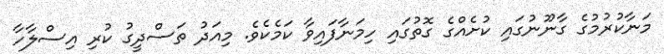
މަނާކުރުމުގެ ގާނޫނުގައި ކުށެއްގެ ގޮތުގައި ހިމަނާފައިވާ ކަމެކެވެ. މިއަދު ތަސްދީގު ކުރި އިސްލާހާ